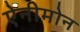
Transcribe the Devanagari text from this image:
ऐनीमोन